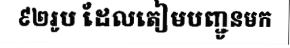
៩២រូប ដែលតៀមបញ្ជូនមក